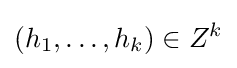
(h_{1},\dots ,h_{k})\in Z^{k}